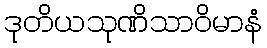
ဒုတိယသုဏိသာဝိမာနံ